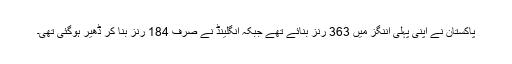
پاکستان نے اپنی پہلی اننگز میں 363 رنز بنائے تھے جبکہ انگلینڈ نے صرف 184 رنز بنا کر ڈھیر ہوگئی تھی۔